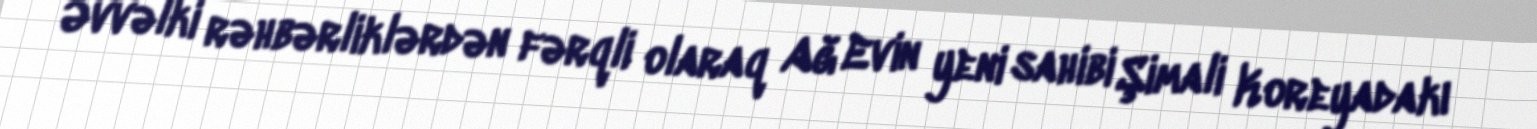
Əvvəlki rəhbərliklərdən fərqli olaraq Ağ Evin yeni sahibi Şimali Koreyadakı